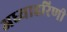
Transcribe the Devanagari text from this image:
अध्याहरिणी